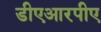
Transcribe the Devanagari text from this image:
डीएआरपीए